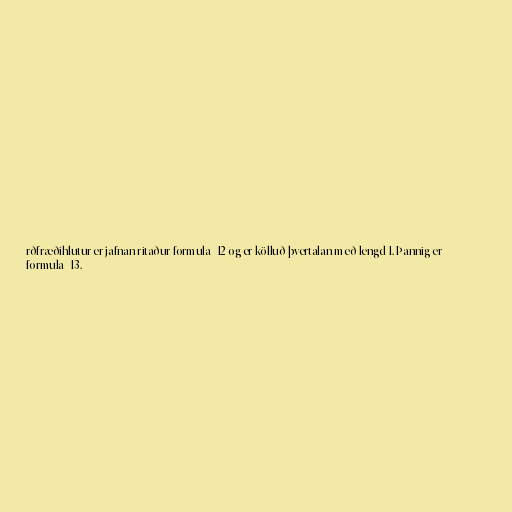
rðfræðihlutur er jafnan ritaður formula_12 og er kölluð þvertalan með lengd 1. Þannig er
formula_13.